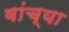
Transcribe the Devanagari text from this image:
वांच्या